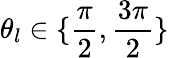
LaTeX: \theta_{l}\in\{ \frac{\pi}{2},\frac{3\pi}{2}\}